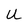
Character: U